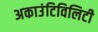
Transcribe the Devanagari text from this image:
अकाउंटिविलिटी